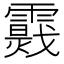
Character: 𩆉